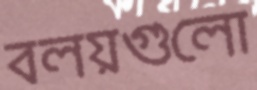
বলয়গুলো